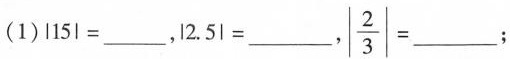
(1)\left |15\right | =___，\left |2.5\right | =___，\left |\frac{2}{3}\right |=___；